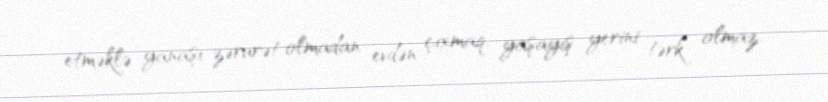
etməklə yanaşı zərurət olmadan evdən çıxmaq, yaşayış yerini tərk olmaz.